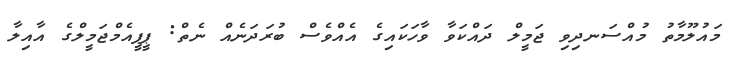
މައުލޫމާތު މުއްސަނދިވި ޖަމީލް ދައްކަވާ ވާހަކައިގެ އެއްވެސް ބުރަދަނެއް ނެތް: ޕީޕީއެމްޖަމީލްގެ އާއިލާ